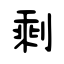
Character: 剩